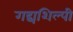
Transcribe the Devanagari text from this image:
गद्यशिल्पी